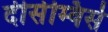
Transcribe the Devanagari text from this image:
दीसेम्विर्स